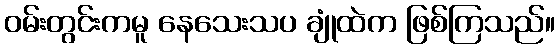
ဝမ်းတွင်းကမူ နေသေးသပ ချုံထဲက ဖြစ်ကြသည်။